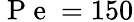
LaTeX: \mathrm{~P~e~}=150